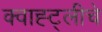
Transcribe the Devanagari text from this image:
क्वाह्ट्लीचे